Vaccination in Bombay 1902-1912 - 1902-1912
Year: 1902
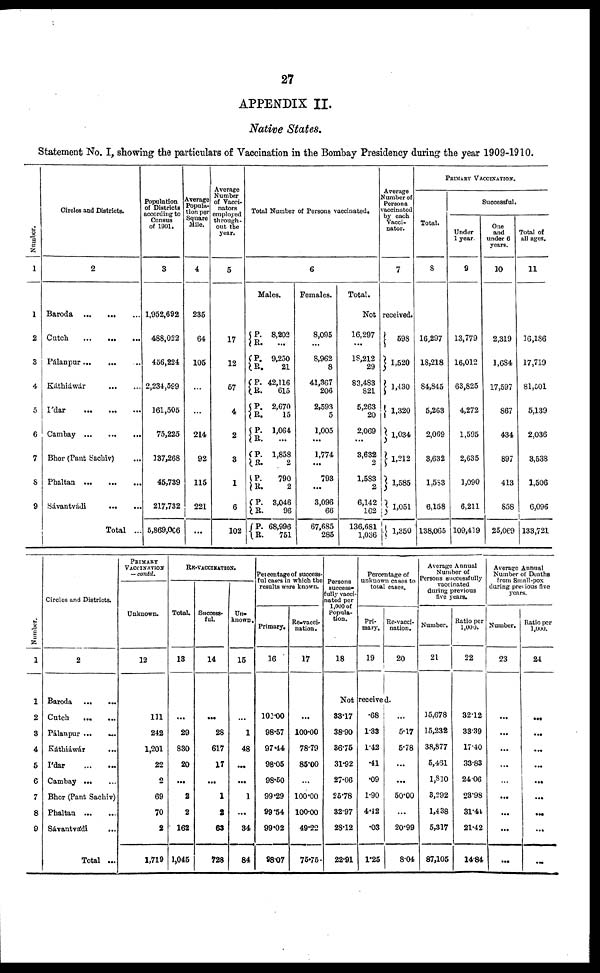
27
APPENDIX II.
Native States.
Statement No. I, showing the particulars of Vaccination in the Bombay Presidency during the year 1909-1910.
Number.
1
1
2
3
4
5
6
7
8
9
Circles and Districts.
2
Baroda
...
...
...
Cutch
...
...
...
Pálanpur ... ... ...
Káthiáwar
...
...
I'dar
...
...
...
Cambay
...
...
...
Bhor (Pant Sachiv) ...
Phaltan
...
...
...
Sávantvádi
...
...
Total ...
Population
of Districts
according to
Census
of 1901.
3
1,952,692
488,022
456,224
2,234,599
161,505
75,225
137,268
45,739
217,732
5,869,066
Average
Popula-
tion per
Square
Mile.
4
235
64
105
...
...
214
92
115
221
...
Average
Number
of Vacci-
nators
employed
through-
out the
year.
5
17
12
57
4
2
3
1
6
102
Total Number of Persons vaccinated.
6
Males.
P.
R.
P.
R.
P.
R.
P.
R.
--
R.
P.
R.
P.
R.
P.
R.
P.
R.
8,202
...
9,250
21
42,116
615
2,670
15
1,064
...
1,858
2
790
2
3,046
96
68,996
751
Females.
8,095
...
8,962
8
41,367
206
2,593
5
1,005
...
1,774
...
793
...
3,096
66
67,685
285
Total.
Average
Number of
Persons
vaccinated
by each
Vacci-
nator.
7
Not received.
16,297
...
18,212
29
83,483
821
5,263
20
2,069
...
3,632
2
1,583
2
6,142
162
136,681
1,036
598
1,520
1,430
1,320
1,034
1,212
1,585
1, 051
1,350
PRIMARY VACCINATION.
Total.
8
16,297
18,218
84,845
5,263
2,069
3,632
1,583
6,158
138,065
Successful.
Under
1 year.
9
13,779
16,012
63,825
4,272
1,595
2,635
1,090
6,211
109,419
One
and
under 6
years.
10
2,319
1,684
17,597
867
434
897
413
858
25,069
Total of
all ages.
11
16,186
17,719
81,501
5,139
2,036
3,538
1,506
6,096
133,721
Number.
1
1
2
3
4
5
6
7
8
9
Circles and Districts.
2
Baroda
...
...
Cutch
...
...
Pálanpur ...
...
Káthiáwár
...
I'dar
...
...
Cambay
...
...
Bhor (Pant Sachiv)
Phaltan
...
...
Sávantvádi ...
Total ...
PRIMARY
VACCINATION
— contd.
Unknown.
12
111
242
1,201
22
2
69
70
2
1,719
RE-VACCINATION.
Total.
13
...
29
830
20
...
2
2
162
1,045
Success-
ful.
14
...
28
617
17
...
1
2
63
728
Un-
known.
15
...
1
48
...
...
1
...
34
84
Percentage of success-
ful cases in which the
results were known.
Primary.
16
100.00
98.57
97.44
98.05
98.50
99.29
99.54
99.02
98.07
Re-vacci-
nation.
17
...
100.00
78.79
85.00
...
100.00
100.00
49.22
75.75
Persons
success-
fully vacci-
nated per
1,000 of
Popula-
tion.
18
Percentage of
unknown cases to
total cases.
Pri-
mary.
19
Re-vacci-
nation.
20
Not received.
33.17
38.90
36.75
31.92
27.06
25.78
32.97
28.12
22.91
.68
1.33
1.42
.41
.09
1.90
4.42
.03
1.25
...
5.17
5.78
...
...
50.00
...
20.99
8.04
Average Annual
Number of
Persons successfully
vaccinated
during previous
five years.
Number.
21
15,678
15,232
38,877
5,461
1,810
3,292
1,438
5,317
87,105
Ratio per
1,000.
22
32.12
33.39
17.40
33.83
24.06
23.98
31.44
21.42
14.84
Average Annual
Number of Deaths
from Small-pox
during previous five
years.
Number.
23
...
...
...
...
...
...
...
...
...
Ratio per
1,000.
24
...
...
...
...
...
...
...
...
...